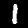
Label: 1